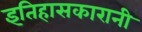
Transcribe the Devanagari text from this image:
इतिहासकारानी